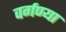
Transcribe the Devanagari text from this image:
वर्गण्या